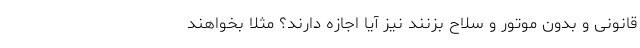
قانونی و بدون موتور و سلاح بزنند نیز آیا اجازه دارند؟ مثلا بخواهند